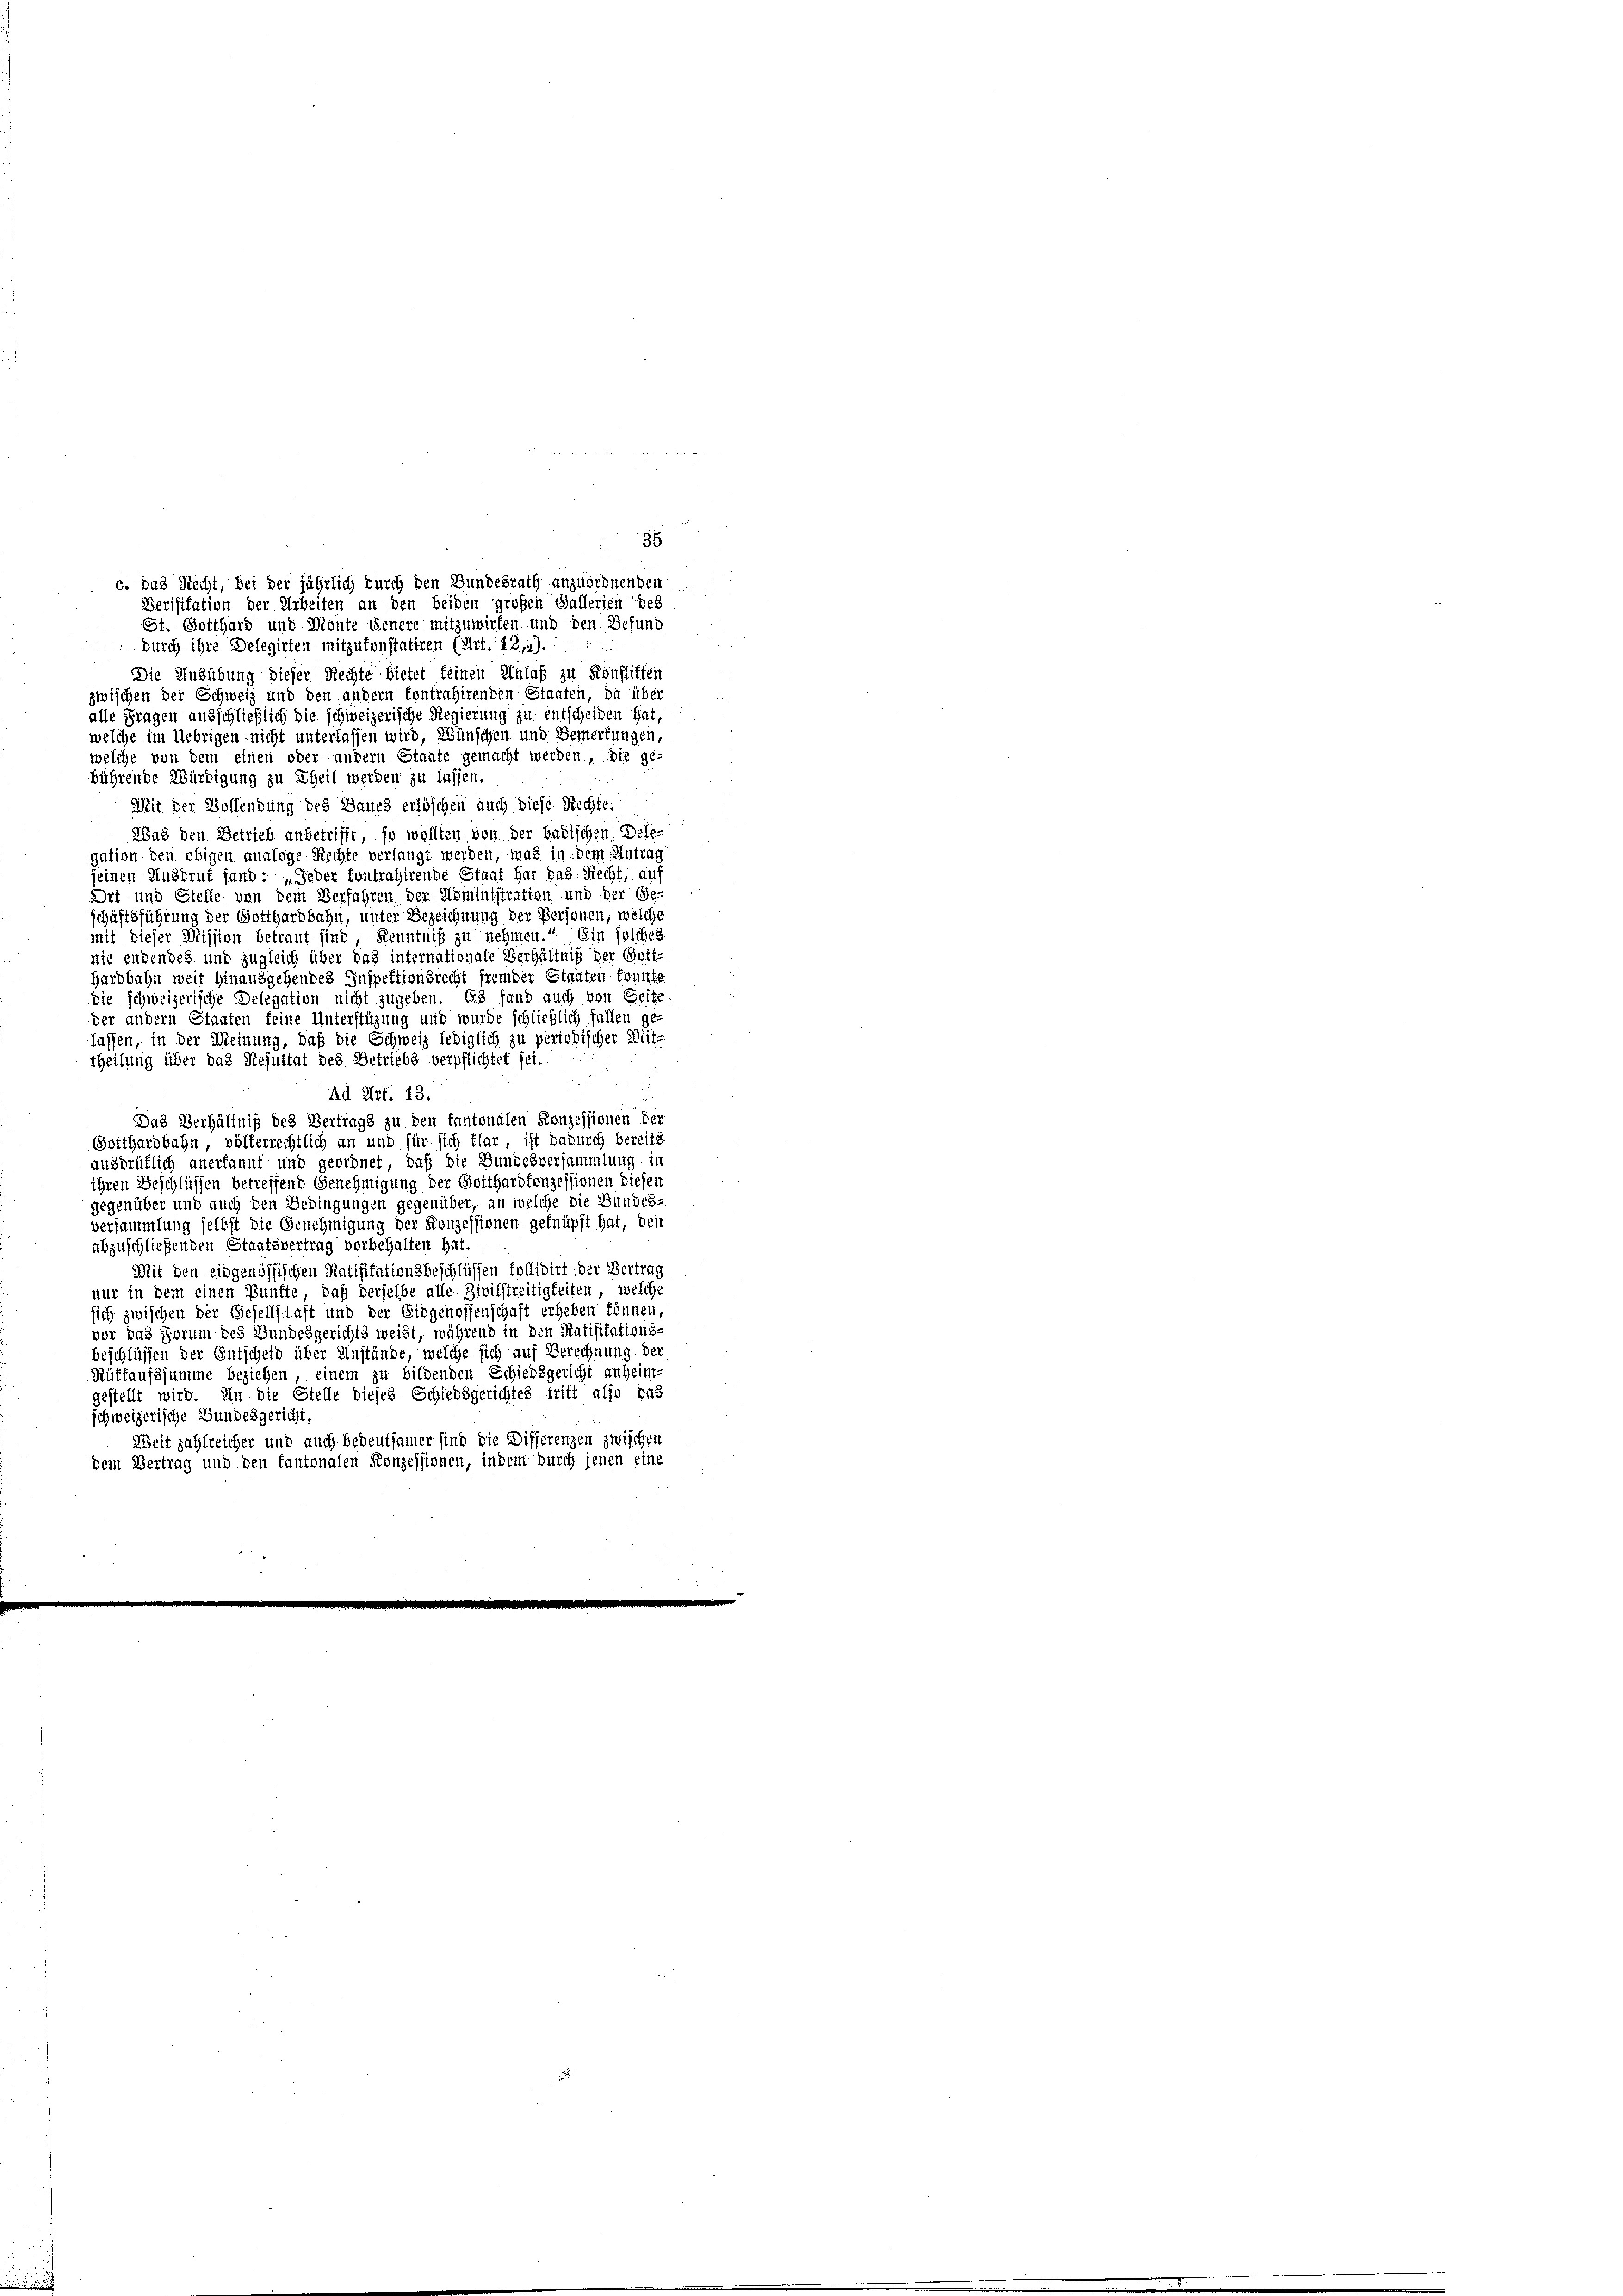
Die Ausübung dieser Rechte bietet feinen Anlaß zu Konflittei
zwischen der Schweiz und den andern Contrahirenden Staaten, da über
alle Fragen ausschließlich die schweizerische Regierung zu entscheiden hat,
welche im Uebrigen nicht unterlassen wird, Wünschen und Bemerkungen,
welche von dem einen oder andern Staate gemacht werden, die ge
bührende Würdigung zu Theil werden zu lassen.
Mit der Hoffendung des Baues erlöschen auch diese Rechte.
Was den Betrieb anbetrifft, so wollten von der badischen Dele-
gation den obigen analoge Rechte verlangt werden, was in dem Antrag
seinen Ausbrut fand: „Jeder fontrahirende Staat hat das Recht, auf
Drt und Stelle von dem Verfahren der Administration und der Ge-
schäftsführung der Gotthardbahn, unter Bezeichnung der Personen, welche
mit dieser Weission betraut sind, Kenntniß zu nehmen.“ Ein solches
nie endendes und zugleich über das internationale Verhältniß der Gott-
Hardbahn weit hinausgehendes Inspektionsrecht fremder Staaten konnte
die schweizerische Delegation nicht zugeben. Es fand auch von Seite
der andern Staaten feine Unterstüzung und wurde schließlich fallen ge-
lassen, in der Meinung, daß die Schweiz lediglich zu periodischer Mit-
theilung über das Resultat des Betriebs verpflichtet sei.
Ad Art. 13.
Das Verhältniß des Vertrags zu den kantonalen Konzessionen der
Gotthardbahn, völkerrechtlich an und für sich klar, ist dadurch bereits
ausdrüklich anerkannt und geordnet, daß die Bundesversammlung in
ihren Beschlüssen betreffend Genehmigung der Gotthardtonzessionen diesen
gegenüber und auch den Bedingungen gegenüber, an welche die Bundes-
Versammlung selbst die Genehmigung der Konzessionen geknüpft hat, den
abzuschließenden Staatsvertrag vorbehalten hat.
Mit den eidgenössischen Ratifikationsbeschlüssen tollidirt der Vertrag
nur in dem einen Bünfte, daß derselbe alle Zivilstreitigkeiten, welche
sich zwischen der Gesellschaft und der Eidgenossenschaft erheben können,
vor das Forum des Bundesgerichts weißt, während in den Ratifitations-
Beschlüssen der Entscheid über Anstände, welche sich auf Berechnung der
Rüffaufssumme beziehen, einem zu bildenden Schiedsgericht anheim-
gestellt wird. In die Stelle dieses Schiedsgerichtes tritt also das
schweizerische Bundesgericht.
Weit zahlreicher und auch bedeutsamer sind die Differenzen zwischen
dem Vertrag und den kantonalen Konzessionen, indem durch jenen eine

35
c. das Recht, bei der jährlich durch den Bundesrath anzuordnenden
Verifikation der Arbeiten an den beiden großen Gallerien des
St. Gotthard und Dionte Venere mitzuwirten und den Befund
durch ihre Delegirten mitzutonstatiren (Art. 12,4).